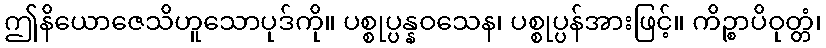
ဤနိယောဇေသိဟူသောပုဒ်ကို။ ပစ္စုပ္ပန္နဝသေန၊ ပစ္စုပ္ပန်အားဖြင့်။ ကိဉ္စာပိဝုတ္တံ၊